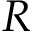
R